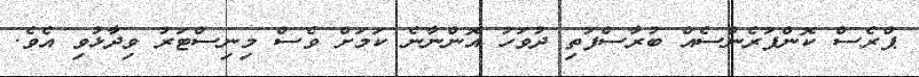
ޕްރެސް ކޮންފަރެންސެއް ބުރާސްފަތި ދުވަހު އޮންނާނެ ކަމަށް ވެސް މިނިސްޓަރު ވިދާޅުވި އެވެ.